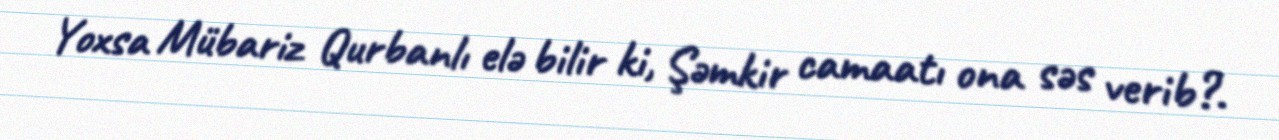
Yoxsa Mübariz Qurbanlı elə bilir ki, Şəmkir camaatı ona səs verib?.